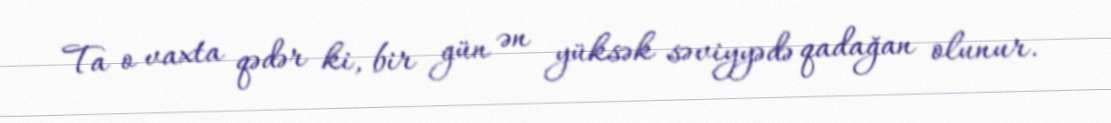
Ta o vaxta qədər ki, bir gün ən yüksək səviyyədə qadağan olunur.